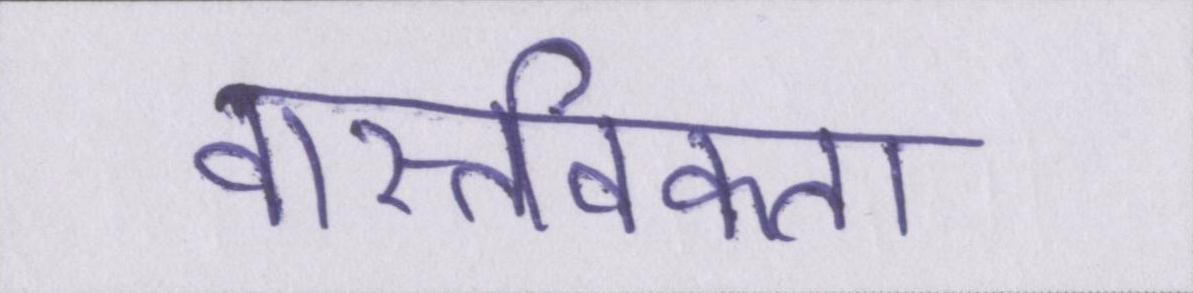
वास्तविकता